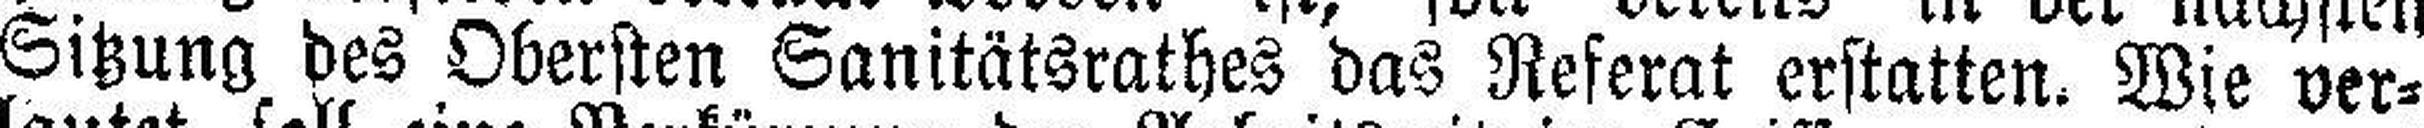
Sitzung des Obersten Sanitätsrathes das Referat erstatten. Wie ver¬